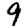
Digit: 9